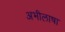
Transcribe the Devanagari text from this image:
अभीलाषा